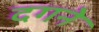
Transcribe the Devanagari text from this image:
दगने